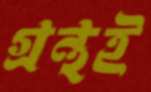
গ্রন্থই